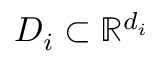
D _ { i } \subset \mathbb { R } ^ { d _ { i } }